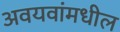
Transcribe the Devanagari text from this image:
अवयवांमधील